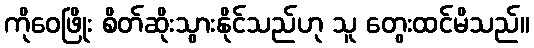
ကိုဝေဖြိုး စိတ်ဆိုးသွားနိုင်သည်ဟု သူ တွေးထင်မိသည်။